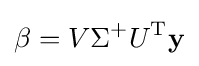
\beta =V\Sigma ^{+}U^{\rm {T}}\mathbf {y}